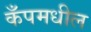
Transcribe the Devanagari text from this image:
कँपमधील